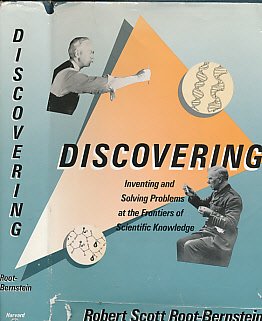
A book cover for Discovering : Inventing Solving Problems at the Frontiers of Scientific Knowledge; Robert Root-Bernstein; Science & Math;